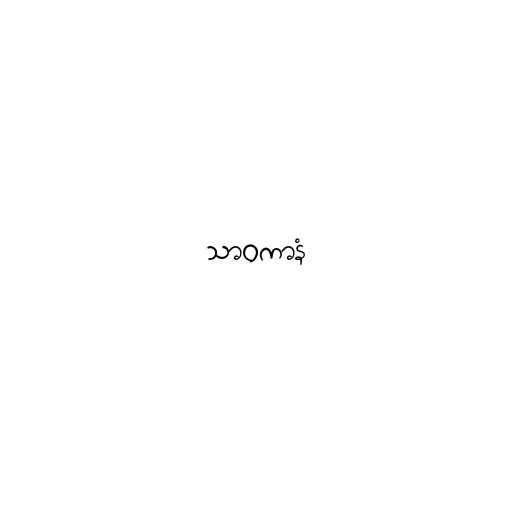
သာဝကာနံ